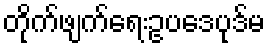
တိုက်ဖျက်ရေးဥပဒေပုဒ်မ